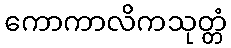
ကောကာလိကသုတ္တံ